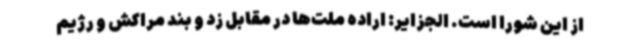
از این شورا است. الجزایر: اراده ملت‌ها در مقابل زد و بند مراکش و رژیم